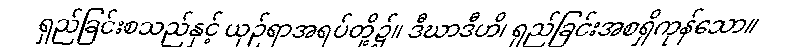
ရှည်ခြင်းစသည်နှင့် ယှဉ်ရာအရပ်တို့၌။ ဒီဃာဒီဟိ၊ ရှည်ခြင်းအစရှိကုန်သော။